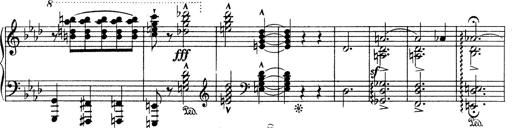
Title: Variationen Ã¼ber das Motiv von Bach
Composer: Franz Liszt